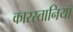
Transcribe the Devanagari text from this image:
कारस्तानियॉ